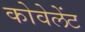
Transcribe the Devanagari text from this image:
कोवेलेंट